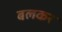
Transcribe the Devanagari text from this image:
बलकर